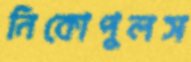
নিকোপুলস